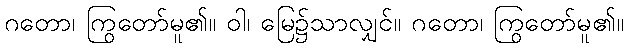
ဂတော၊ ကြွတော်မူ၏။ ဝါ၊ မြေ၌သာလျှင်။ ဂတော၊ ကြွတော်မူ၏။